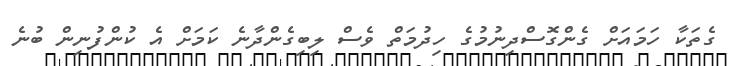
ގެތަކާ ހަމައަށް ގެންގޮސްދިނުމުގެ ހިދުމަތް ވެސް ލިބިގެންދާނެ ކަމަށް އެ ކުންފުނިން ބުނެ